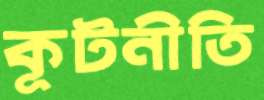
কূটনীতি